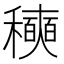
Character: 𰨾